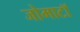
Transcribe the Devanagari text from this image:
जोमाटॉ